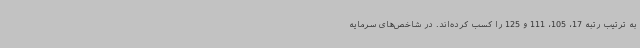
به ترتیب رتبه 17، 105، 111 و 125 را کسب کرده‌اند. در شاخص‌های سرمایه